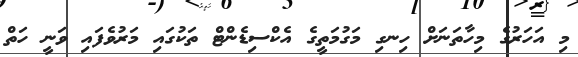
މި އަހަރުގެ މިހާތަނަށް ހިނގި މަގުމަތީގެ އެކްސިޑެންޓް ތަކުގައި މަރުވެފައި ވަނީ ހަތް